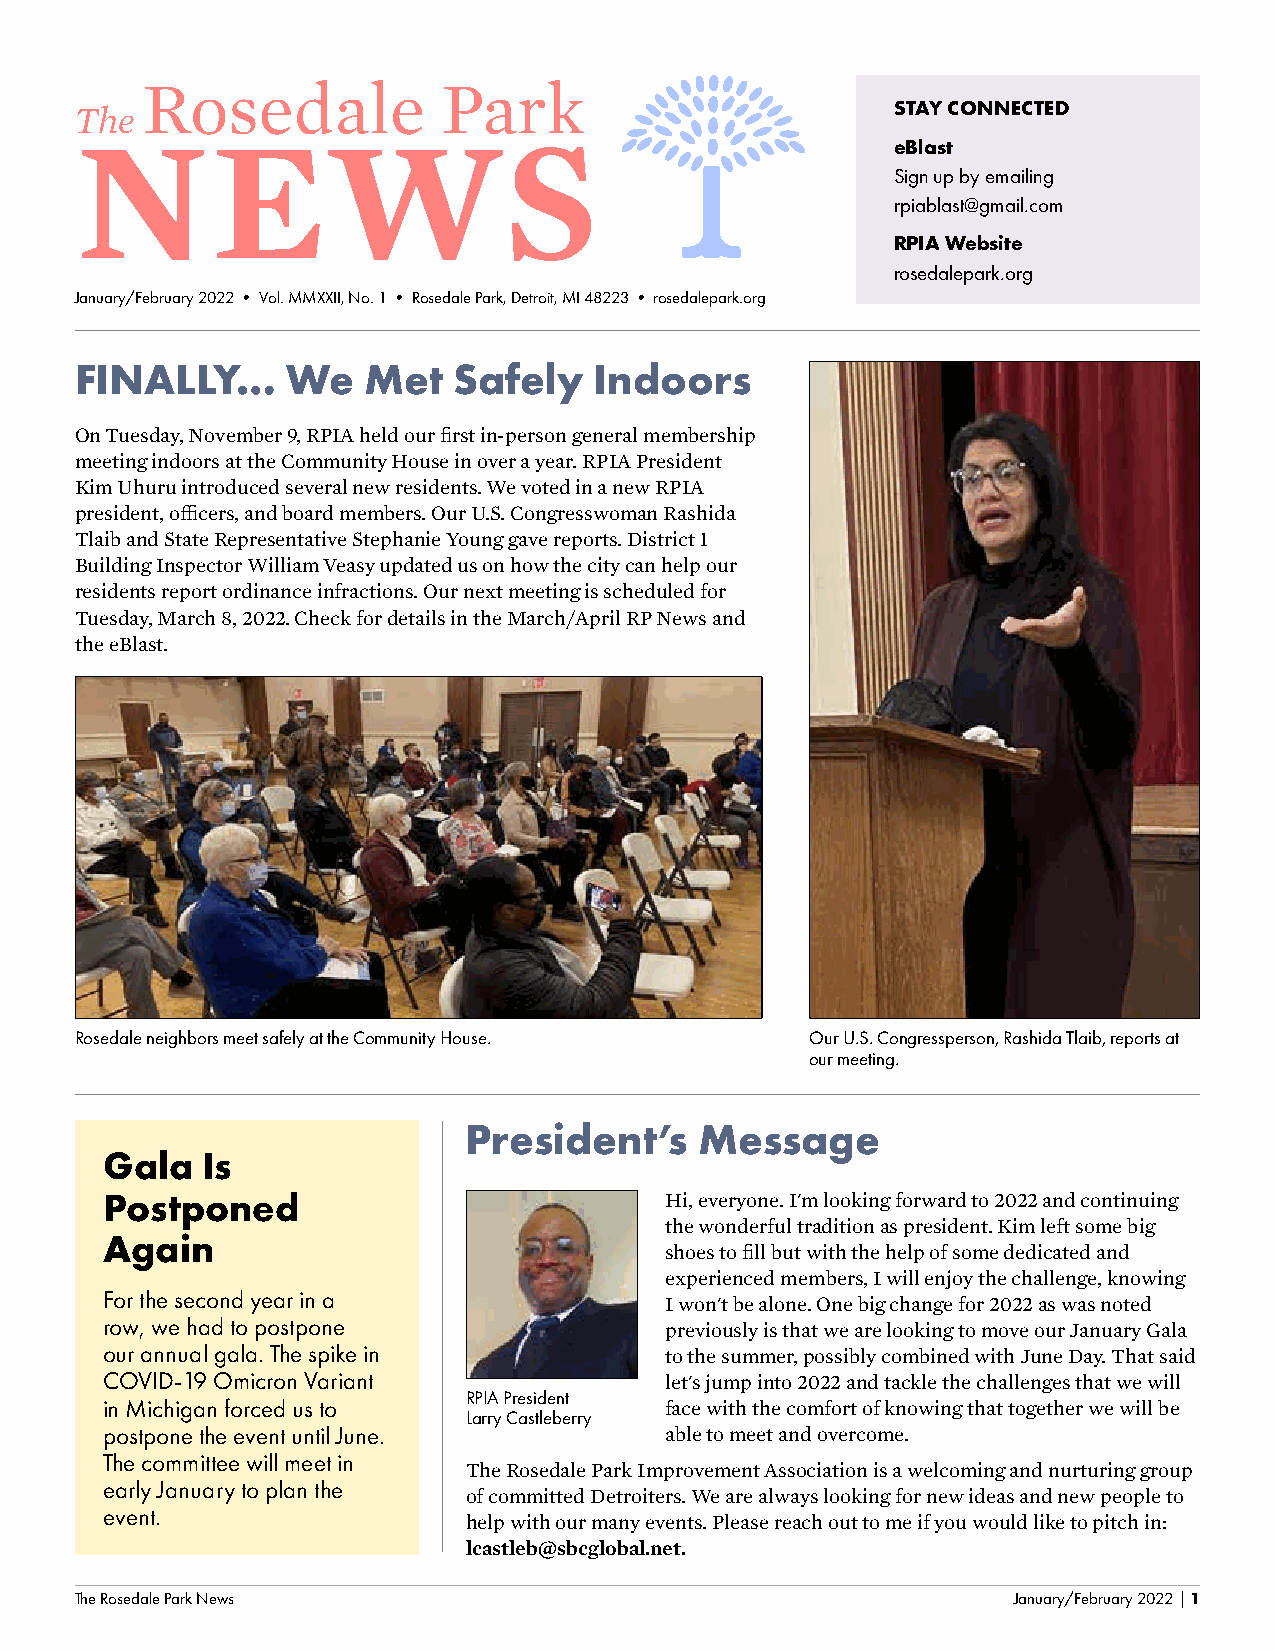
Rosedale            Park
 STAY CONNECTED
 The
 NEWS                                                  eBlast
 Sign up by emailing
 rpiablast@gmail.com
 RPIA Website
 rosedalepark.org
 January/February 2022 • Vol. MMXXII, No. 1 • Rosedale Park, Detroit, MI 48223 • rosedalepark.org
 FINALLY…      We   Met   Safely   Indoors
 On Tuesday, November 9, RPIA held our first in-person general membership
 meeting indoors at the Community House in over a year. RPIA President
 Kim Uhuru introduced several new residents. We voted in a new RPIA
 president, officers, and board members. Our U.S. Congresswoman Rashida
 Tlaib and State Representative Stephanie Young gave reports. District 1
 Building Inspector William Veasy updated us on how the city can help our
 residents report ordinance infractions. Our next meeting is scheduled for
 Tuesday, March 8, 2022. Check for details in the March/April RP News and
 the eBlast.
 Rosedale neighbors meet safely at the Community House. Our U.S. Congressperson, Rashida Tlaib, reports at
 our meeting.
 President’s    Message
 Gala  Is
 Postponed                            Hi, everyone. I'm looking forward to 2022 and continuing
 the wonderful tradition as president. Kim left some big
 Again
 shoes to fill but with the help of some dedicated and
 experienced members, I will enjoy the challenge, knowing
 For the second year in a
 I won't be alone. One big change for 2022 as was noted
 row, we had to postpone              previously is that we are looking to move our January Gala
 our annual gala. The spike in        to the summer, possibly combined with June Day. That said
 COVID-19 Omicron Variant             let's jump into 2022 and tackle the challenges that we will
 RPIA President
 in Michigan forced us to             face with the comfort of knowing that together we will be
 Larry Castleberry
 postpone the event until June.       able to meet and overcome.
 The committee will meet in
 The Rosedale Park Improvement Association is a welcoming and nurturing group
 early January to plan the
 of committed Detroiters. We are always looking for new ideas and new people to
 event.
 help with our many events. Please reach out to me if you would like to pitch in:
 lcastleb@sbcglobal.net.
 The Rosedale Park News                                        January/February 2022 | 1